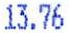
13.76